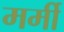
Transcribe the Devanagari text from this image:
मर्मी